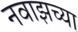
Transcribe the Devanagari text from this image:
नवाझच्या